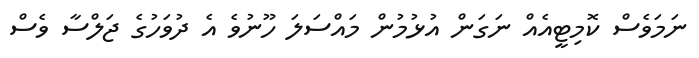
ނަމަވެސް ކޮމިޓީއެއް ނަގަން އުޅުމުން މައްސަލަ ހޫނުވެ އެ ދުވަހުގެ ޖަލްސާ ވެސް